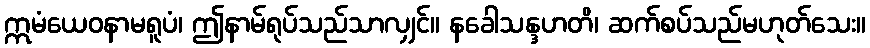
ဣမံယေဝနာမရူပံ၊ ဤနာမ်ရုပ်သည်သာလျှင်။ နခေါသန္ဒဟတိ၊ ဆက်စပ်သည်မဟုတ်သေး။